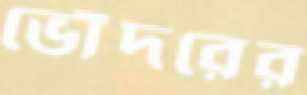
ভোঁদরের